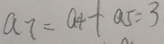
a _ { 7 } = a _ { 4 } + a _ { 5 } = 3